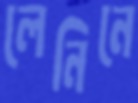
লেনিনে